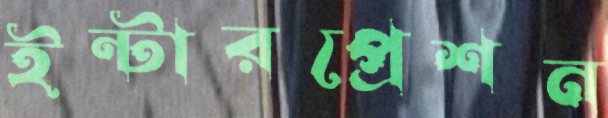
ইন্টারপ্রেশন